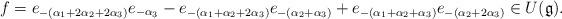
LaTeX: \begin{align*}f = e_{-(\alpha_1 +2\alpha_2 + 2\alpha_3)} e_{-\alpha_3} - e_{-(\alpha_1 + \alpha_2 + 2\alpha_3)} e_{-(\alpha_2 + \alpha_3)} + e_{-(\alpha_1 + \alpha_2 + \alpha_3)} e_{-(\alpha_2 + 2\alpha_3)} \in U(\mathfrak g).\end{align*}